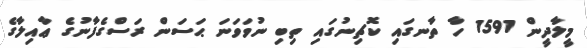
މީލާދީން 1591 ހާ ތާނގައިި ކޮޗިނުގައި ތިބި ނުވަވަނަ ޙަސަން ރަސްގެފާނުގެ ޢާއިލާގެ